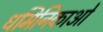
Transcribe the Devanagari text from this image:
धमिनिकाओं